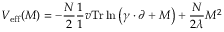
V _ { \mathrm { e f f } } ( M ) = - \frac { N } { 2 } \frac { 1 } { 1 } { v } \mathrm { T r } \ln \left( \gamma \cdot \partial + M \right) + \frac { N } { 2 \lambda } M ^ { 2 }